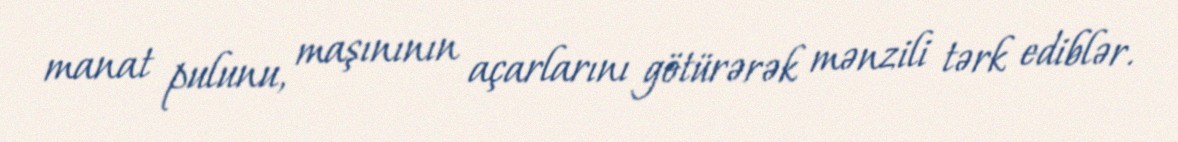
manat pulunu, maşınının açarlarını götürərək mənzili tərk ediblər.